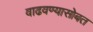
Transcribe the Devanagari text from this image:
वाढवण्यासोबत